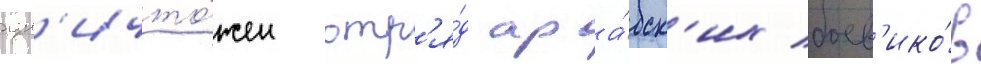
ун'ичто́жен отр'я́д ара́бск'их боев'ико́в